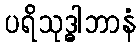
ပရိသုဒ္ဓါဘာနံ